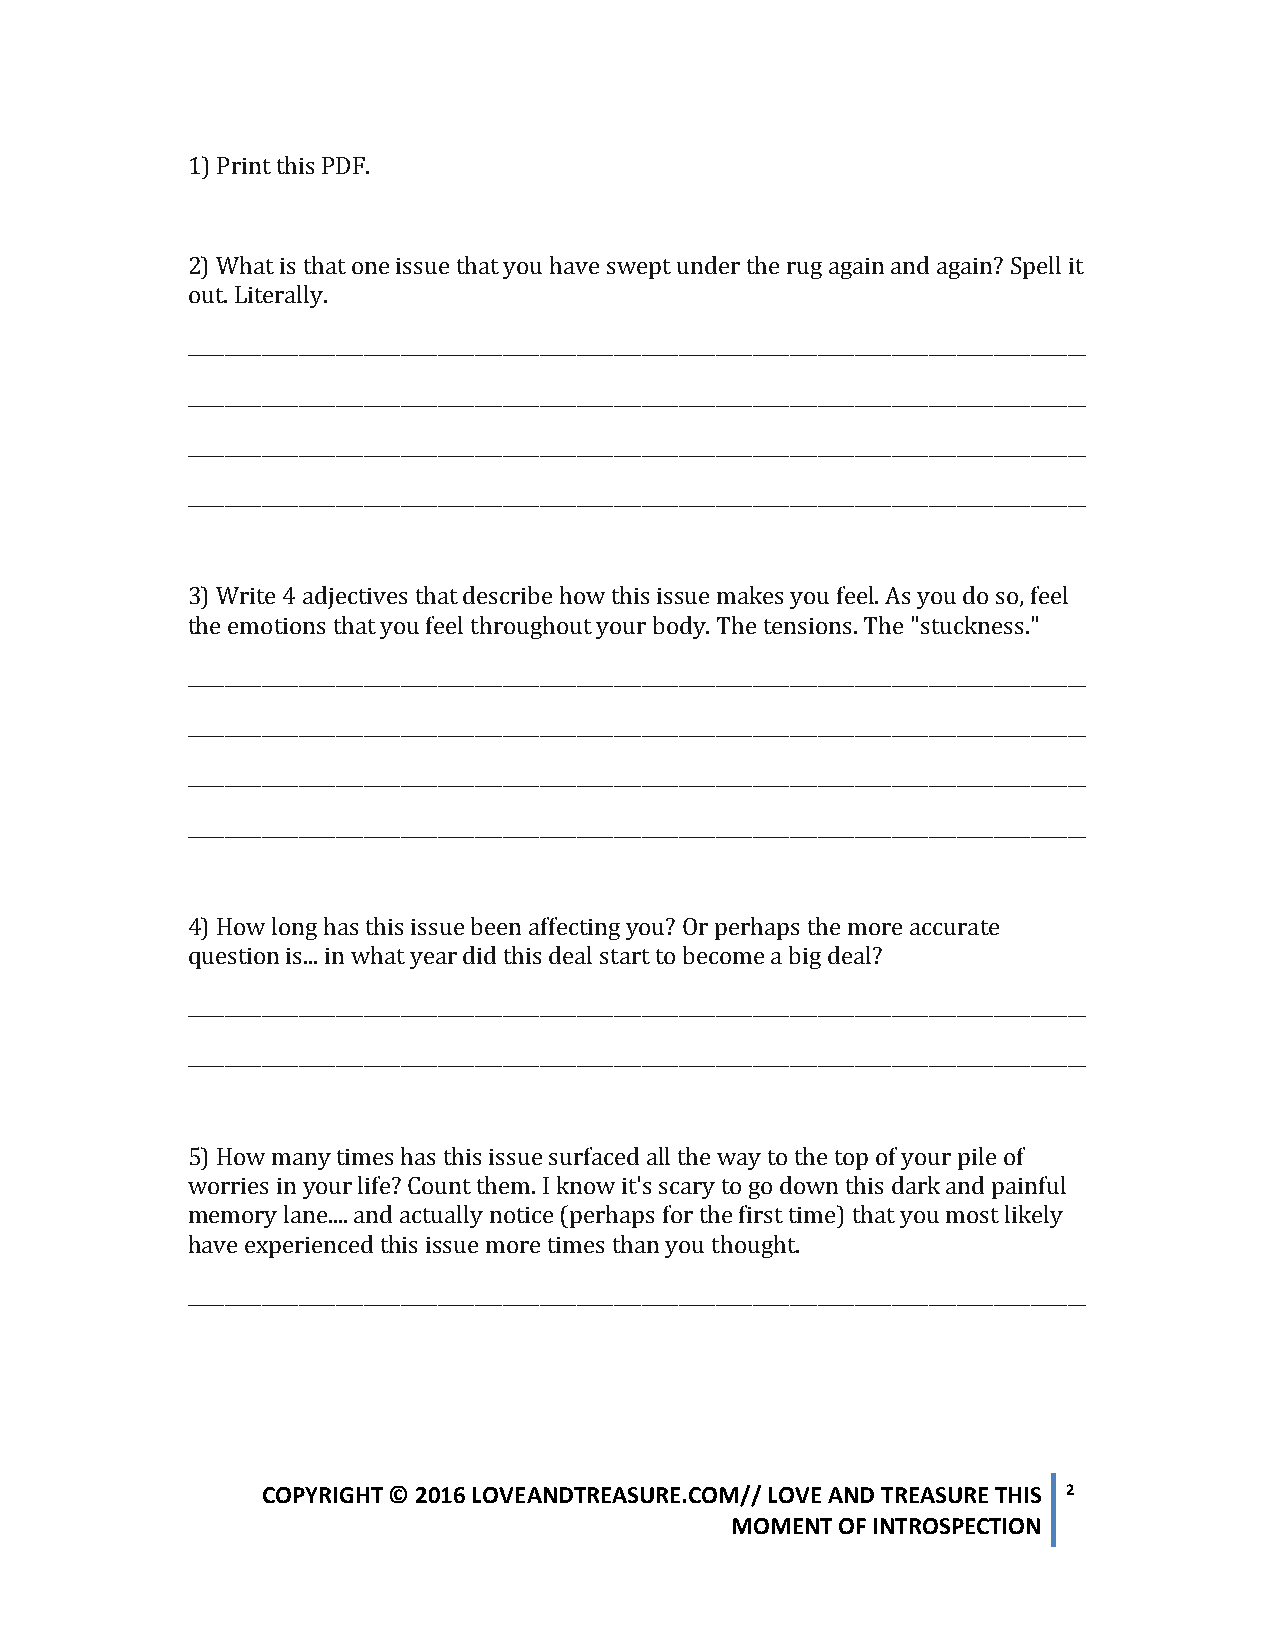
1) Print this PDF.
 2) What is that one issue that you have swept under the rug again and again? Spell it
 out. Literally.
 _________________________________________________________________________________________________
 _________________________________________________________________________________________________
 _________________________________________________________________________________________________
 _________________________________________________________________________________________________
 3) Write 4 adjectives that describe how this issue makes you feel. As you do so, feel
 the emotions that you feel throughout your body. The tensions. The "stuckness."
 _________________________________________________________________________________________________
 _________________________________________________________________________________________________
 _________________________________________________________________________________________________
 _________________________________________________________________________________________________
 4) How long has this issue been affecting you? Or perhaps the more accurate
 question is... in what year did this deal start to become a big deal?
 _________________________________________________________________________________________________
 _________________________________________________________________________________________________
 5) How many times has this issue surfaced all the way to the top of your pile of
 worries in your life? Count them. I know it's scary to go down this dark and painful
 memory lane.... and actually notice (perhaps for the first time) that you most likely
 have experienced this issue more times than you thought.
 _________________________________________________________________________________________________
 COPYRIGHT © 2016 LOVEANDTREASURE.COM// LOVE AND TREASURE THIS 2
 MOMENT OF INTROSPECTION